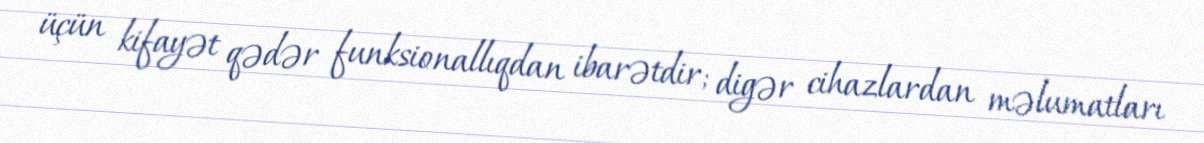
üçün kifayət qədər funksionallıqdan ibarətdir; digər cihazlardan məlumatları